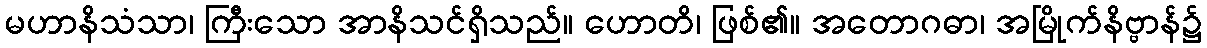
မဟာနိသံသာ၊ ကြီးသော အာနိသင်ရှိသည်။ ဟောတိ၊ ဖြစ်၏။ အတောဂဓာ၊ အမြိုက်နိဗ္ဗာန်၌